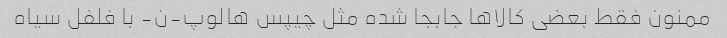
ممنون فقط بعضی کالا‌ها جابجا شده مثل چیپس هالوپ-ن- با فلفل سیاه